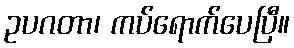
ဥပဂတာ၊ ကပ်ရောက်ပေပြီ။